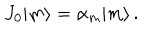
J _ { 0 } | m \rangle = \alpha _ { m } | m \rangle \, .